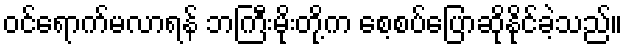
ဝင်ရောက်မလာရန် ဘကြီးမိုးတို့က စေ့စပ်ပြောဆိုနိုင်ခဲ့သည်။